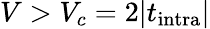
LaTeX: V>V_{c}=2|t_{\textrm{intra}}|